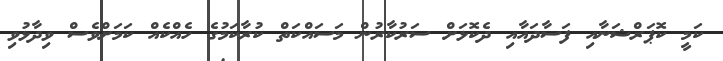
ކަަމީ ކޮޕަރްޝަނާއި ފަސާދައާއި ދެކޮޅަށް ސަރުކާރުން މަސައްކަތް ކުރާކަމުގެ ހެއްކެއް ކަމަށްވެސް ވިދާޅުވި